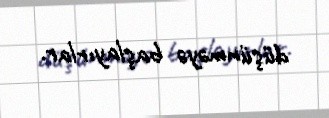
düşünməyə başlayırlar.